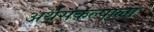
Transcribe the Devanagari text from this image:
अर्थसंकल्पाला